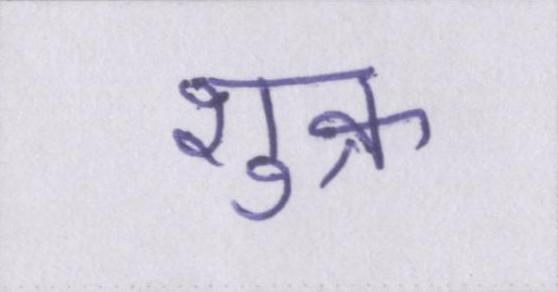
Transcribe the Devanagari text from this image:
शुक्र